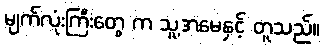
မျက်လုံးကြီးတွေ က သူ့အမေနှင့် တူသည်။